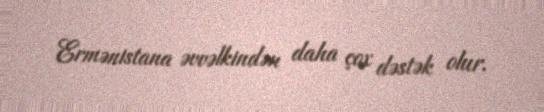
Ermənistana əvvəlkindən daha çox dəstək olur.